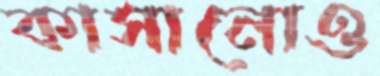
কাসানোও